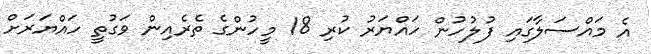
އެ މައްސަލާގައި ފުލުހުން ހައްޔަރު ކުރި 18 މީހުންގެ ތެރެއިން ވަގުތީ ހައްޔަރަށް